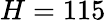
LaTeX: H=115